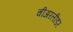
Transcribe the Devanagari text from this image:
चीअरलीडर